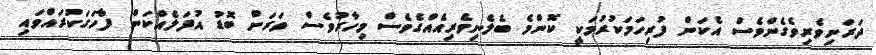
ދަރަނިވެރިވެގެންވެސް އެކަން ފުރިހަމަކުރުމަކީ ކޮންމެ ބެލެނިވެރިއެއްގެވެސް މިހާރުވެސް ވަރަށް ބޮޑު އުފަލެއްކަން ފާހަގަކުރައްވައި